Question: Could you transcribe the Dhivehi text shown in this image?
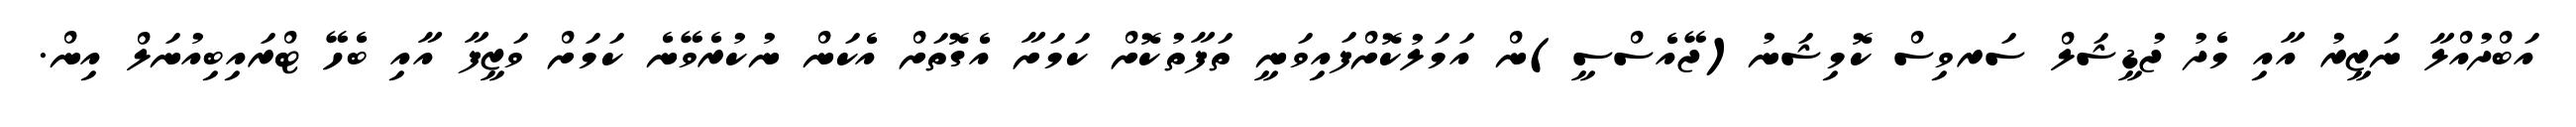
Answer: އަބްދުއްލާ ނަޒީރު އާއި މެދު ޖުޑީޝަލް ސަރވިސް ކޮމިޝަނު(ޖޭއެސްސީ)ން އަމަލުކޮށްފައިވަނީ ތަފާތުކޮށް ކަމަށާ އެގޮތަށް އެކަން ނުކުރެވޭނެ ކަމަށް ވަޒީފާ އާއި ބެހޭ ޓްރައިބިއުނަލް އިން.